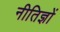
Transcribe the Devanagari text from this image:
नीतिज्ञों